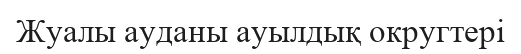
Жуалы ауданы ауылдық округтері